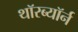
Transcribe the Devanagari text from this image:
थॉरब्यॉर्न